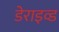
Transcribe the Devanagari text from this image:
डेराइव्ड